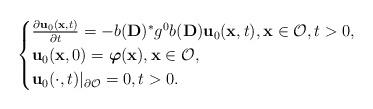
LaTeX: \begin{align*}\begin{cases}\frac{\partial \mathbf{u}_0(\mathbf{x},t)}{\partial t}=-b(\mathbf{D})^*g^0b(\mathbf{D})\mathbf{u}_0(\mathbf{x} ,t),\mathbf{x}\in \mathcal{O},t>0,\\\mathbf{u}_0(\mathbf{x},0)=\boldsymbol{\varphi}(\mathbf{x}),\mathbf{x}\in \mathcal{O},\\\mathbf{u}_0(\cdot ,t)\vert _{\partial \mathcal{O}}=0,t>0.\end{cases}\end{align*}